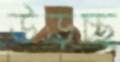
উড়চ্ছ